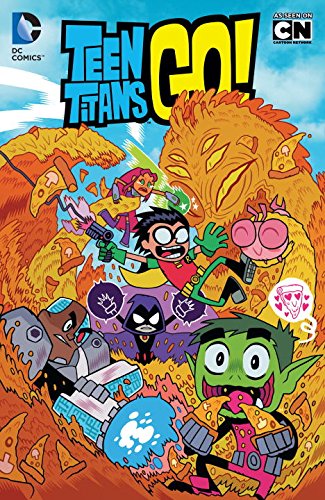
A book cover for Teen Titans Go! Vol. 1: Party, Party!; Sholly Fisch; Children's Books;